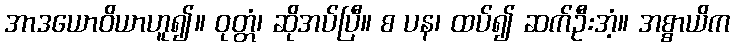
အာဒယောဝိယာဟူ၍။ ဝုတ္တံ၊ ဆိုအပ်ပြီ။ စ ပန၊ ထပ်၍ ဆက်ဦးအံ့။ အစ္စာယိက